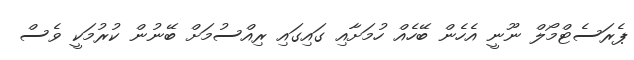
ޕެރަސެޓްމޯލް ނޫނީ އެހެން ބޭހެއް ހުމަށާއި ގައިގައި ރިއްސުމަށް ބޭނުން ކުރުމަކީ ވެސް